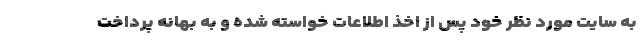
به سایت مورد نظر خود پس از اخذ اطلاعات خواسته ‌شده و به بهانه پرداخت